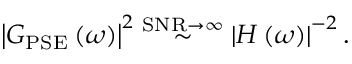
\bigl | G _ { \mathrm { P S E } } \left( \omega \right) \bigr | ^ { 2 } \stackrel { \mathrm { S N R } \to \infty } { \sim } \left| H \left( \omega \right) \right| ^ { - 2 } .